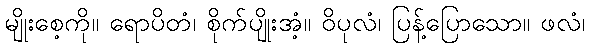
မျိုးစေ့ကို။ ရောပိတံ၊ စိုက်ပျိုးအံ့။ ဝိပုလံ၊ ပြန့်ပြောသော။ ဖလံ၊